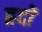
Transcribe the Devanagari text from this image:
ह्रदों